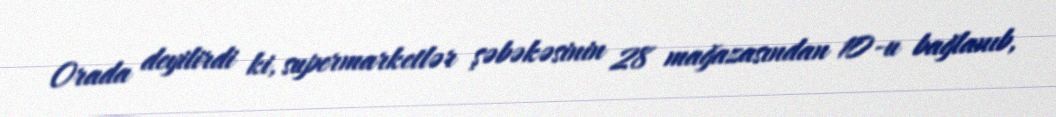
Orada deyilirdi ki, supermarketlər şəbəkəsinin 28 mağazasından 10-u bağlanıb,